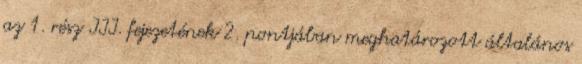
az 1. rész III. fejezetének 2. pontjában meghatározott általános